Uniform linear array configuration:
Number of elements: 8
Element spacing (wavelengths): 0.25
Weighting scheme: cosine
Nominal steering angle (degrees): -30
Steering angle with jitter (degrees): -31.54
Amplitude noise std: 0.05
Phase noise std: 0.05

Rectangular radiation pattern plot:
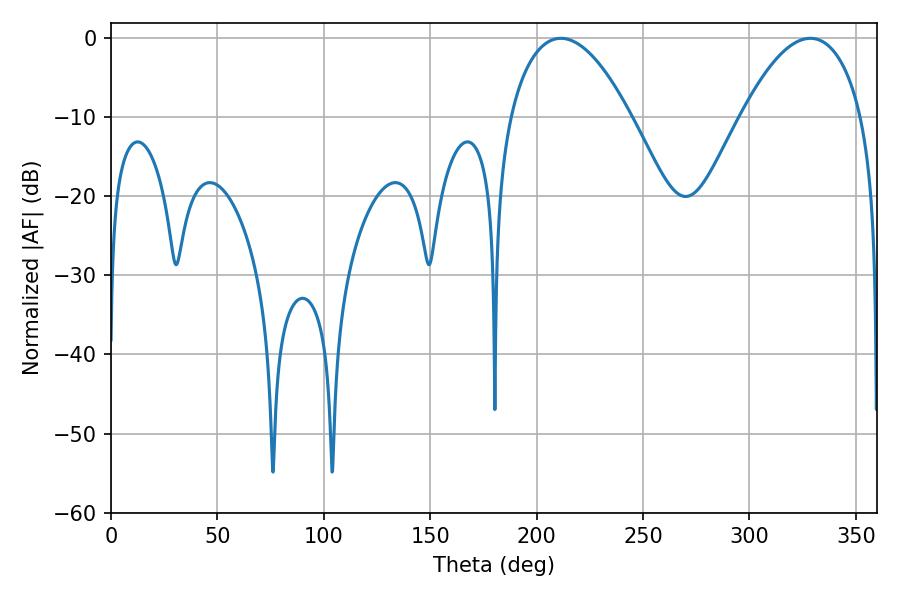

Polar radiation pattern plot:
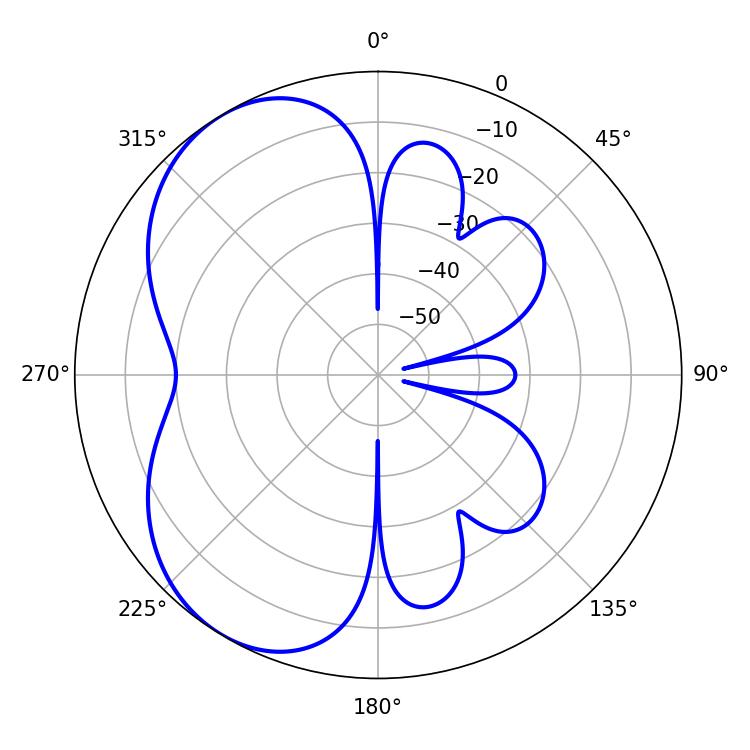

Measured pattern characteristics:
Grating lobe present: FALSE
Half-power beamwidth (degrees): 31.5
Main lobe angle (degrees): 211.32